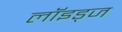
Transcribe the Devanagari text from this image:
लॉइड्ज